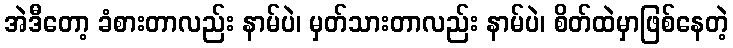
အဲဒီတော့ ခံစားတာလည်း နာမ်ပဲ၊ မှတ်သားတာလည်း နာမ်ပဲ၊ စိတ်ထဲမှာဖြစ်နေတဲ့